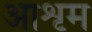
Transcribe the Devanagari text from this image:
आशृम